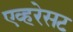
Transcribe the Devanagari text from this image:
एव्हरेसट